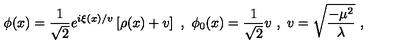
\phi ( x ) = \frac { 1 } { \sqrt { 2 } } e ^ { i \xi ( x ) / v } \left[ \rho ( x ) + v \right] \ , \ \phi _ { 0 } ( x ) = \frac { 1 } { \sqrt { 2 } } v \ , \ v = \sqrt { \frac { - \mu ^ { 2 } } { \lambda } } \ ,